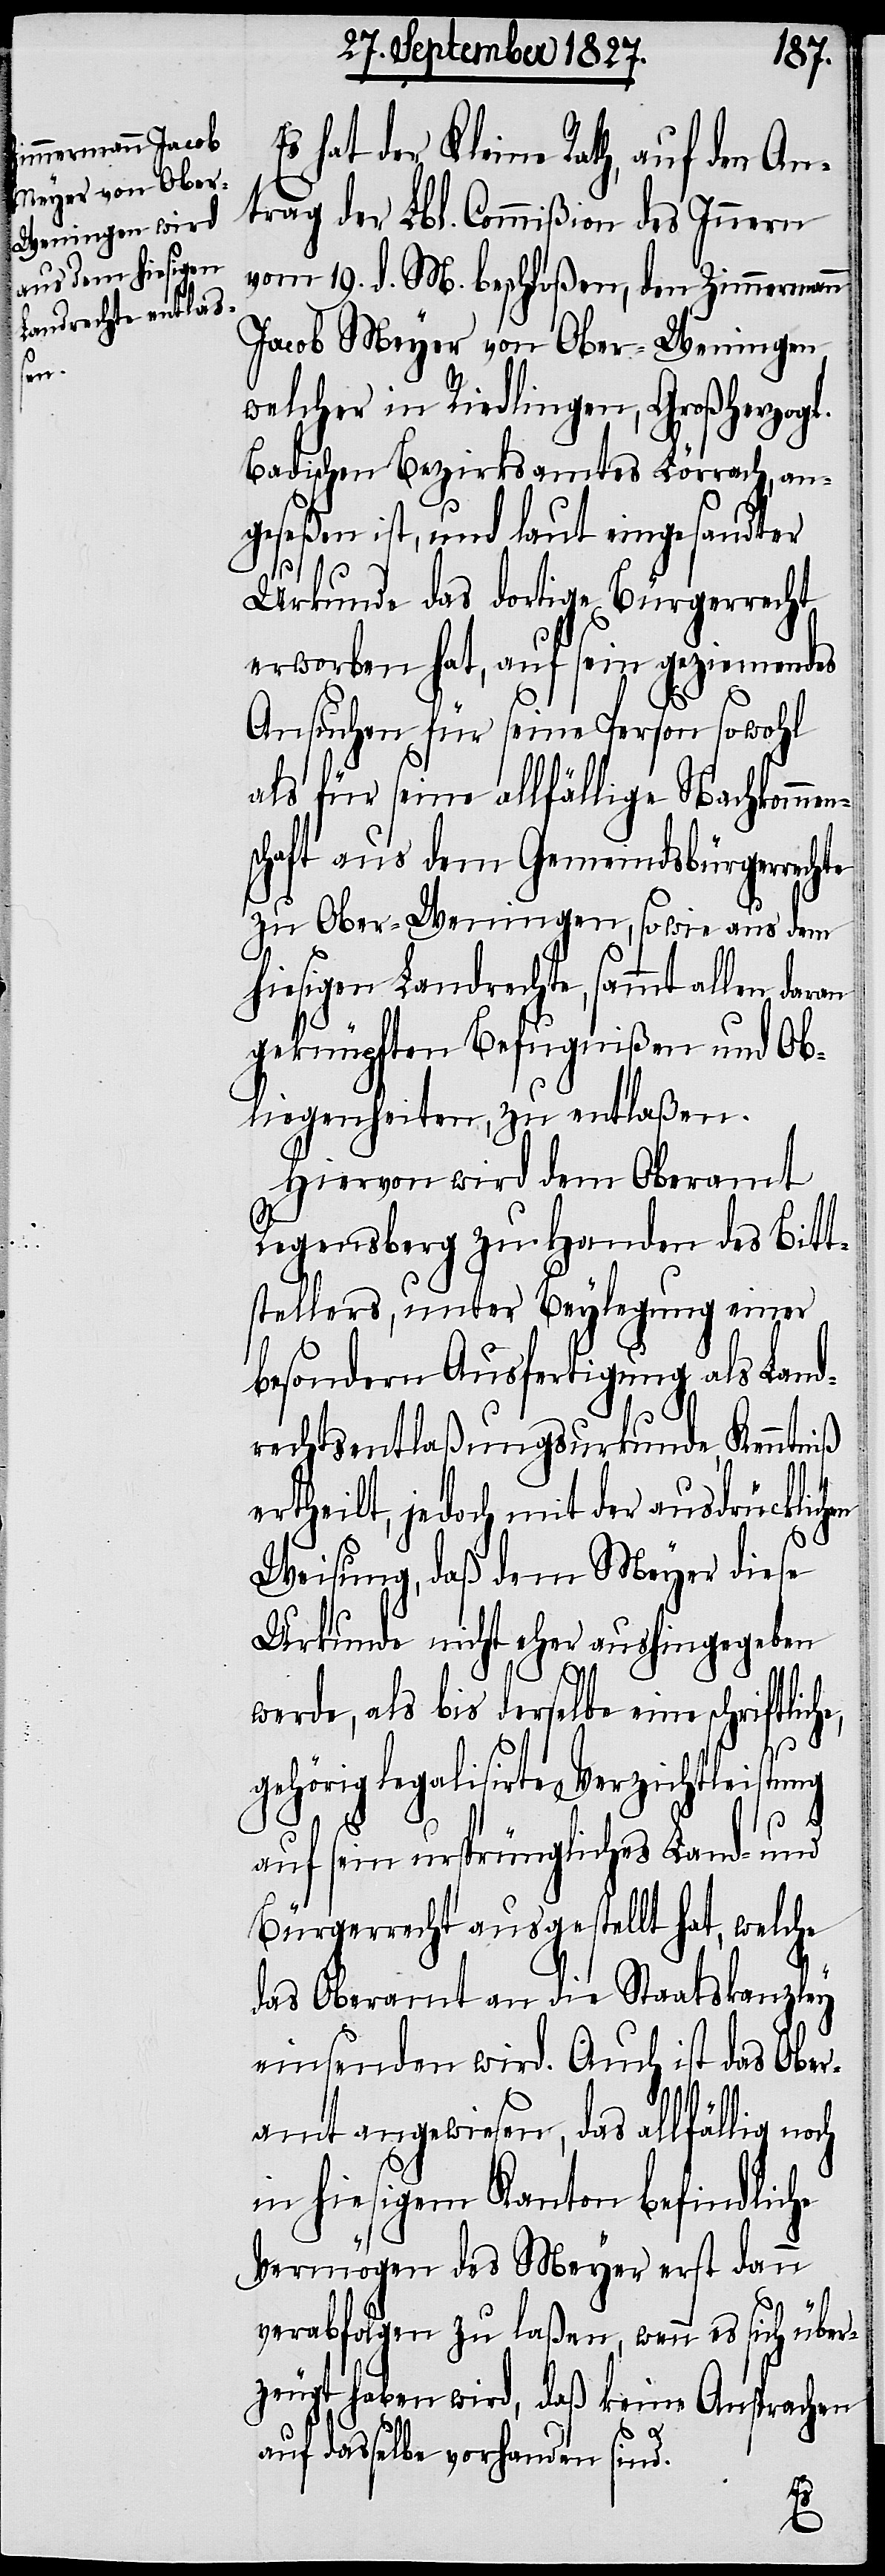
s hat der Kleine Rath, auf den An¬
trag der Lbl. Commißion des Innern
vom 19. d. M. beschloßen, den Zimmermann
Jacob Meyer von Ober-Weningen,
welcher in Riedlingen, Großherzogl.
Badischen Bezirksamtes Lörrach, an¬
geseßen ist, und laut eingesandter
Urkunde das dortige Bürgerrecht
erworben hat, auf sein geziemendes
Ansuchen für seine Person sowohl
als für seine allfällige Nachkommen¬
schaft aus dem Gemeindsbürgerrechte
zu Ober-Weningen, sowie aus dem
hiesigen Landrechte, sammt allen
geknüpften Befugnißen und Ob¬
liegenheiten, zu entlaßen.
Hiervon wird dem Oberamt
Regensberg zu Handen des Bitt¬
stellers, unter Beylegung einer
besondern Ausfertigung als Land¬
rechtsentlaßungsurkunde, Kenntniß
ertheilt, jedoch mit der ausdrücklichen
Weisung, daß dem Meyer diese
Urkunde nicht eher aushingegeben
werde, als bis derselbe eine schriftlic¬
he,
gehörig legalisirte Verzichtleistung
och
auf sein ursprüngliches Land- und
Bürgerrecht ausgestellt hat, welche
das Oberamt an die Staatskanzley
einsenden wird. Auch ist das Ober¬
amt angewiesen, das allfällig n¬
in hiesigem Kanton befindliche
Vermögen des Meyer erst dann
verabfolgen zu laßen, wenn es sich über¬
zeugt haben wird, daß keine Ansprachen
auf dasselbe vorhanden sind.